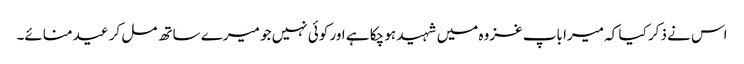
اس نے ذکر کیا کہ میرا باپ غزوہ میں شہید ہو چکا ہے اور کوئی نہیں جو میرے ساتھ مل کر عید منائے۔